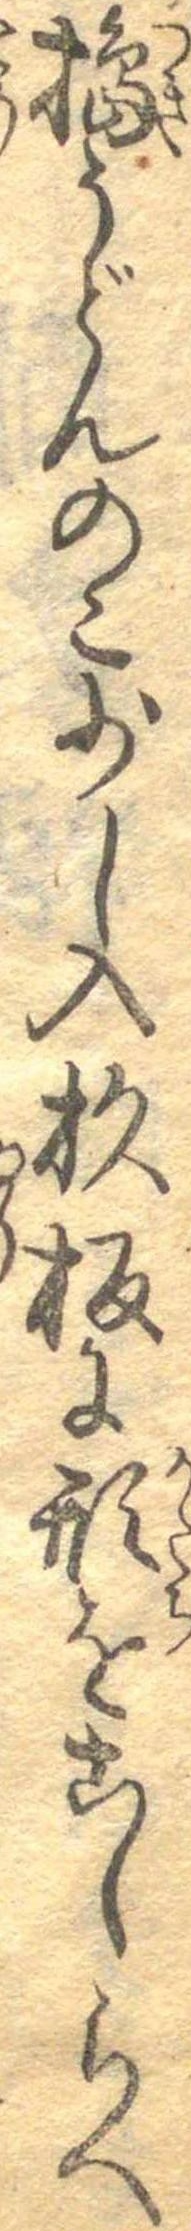
搗うどんのこ少し入杉板に形をこしらへ